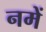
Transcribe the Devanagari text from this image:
नमें